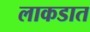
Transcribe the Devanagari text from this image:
लाकडात